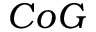
C o G